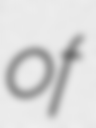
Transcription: of